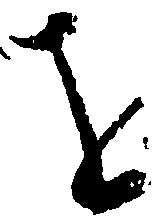
を